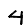
Digit: 4